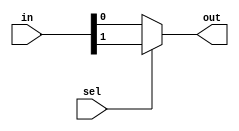
/****************************************************
Developer    : Devang vekariya
Module       : mux 2:1 using conditional operator 
Institute    : NIT Kurukshetra
Date created : 06/10/2023
********************************************************/

module mux2x1(in,sel,out);
  
  // defined input and output 
  input [1:0] in;
  input sel;
  output out;
  
         // if sel = 0 it it gives input is first bit output
         // otherwise it will give input second bit 
         
         assign out = sel  ?  in[1] : in[0] ; 
         
         endmodule